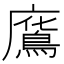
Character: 𢋥